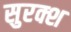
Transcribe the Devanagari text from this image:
सुरक्श